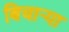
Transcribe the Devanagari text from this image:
बिचार्‍या